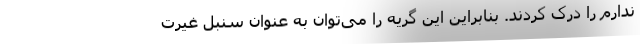
ندارم را درک کردند. بنابراین این گریه را می‌توان به عنوان سنبل غیرت